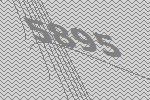
5895